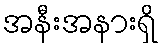
အနီးအနားရှိ